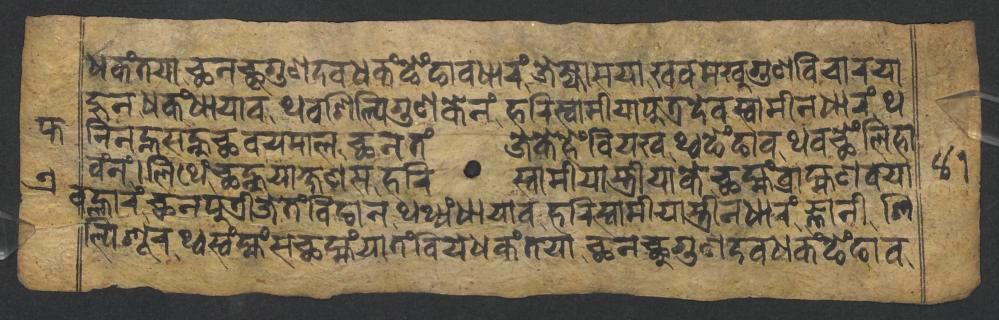
𑐢𑐎𑑄𑐟𑐫𑐵𑐕𑐣𑐕𑐸𑐐𑐸𑐞𑐡𑐰𑐢𑐎𑑄𑐒𑐾𑑄𑐒𑐵𑐰𑐢𑐵𑐬𑑄𑐖𑐾𑐖𑑂𑐫𑐵𑐳𑐫𑐵𑐏𑐰𑐩𑐏𑐸𑐐𑐸𑐞𑐰𑐶𑐔𑐵𑐬𑐫𑐵 𑐴𑐸𑐣𑐢𑐎𑑄𑐢𑐵𑐫𑐵𑐰𑐠𑐰𑐱𑐶𑐮𑑂𑐥𑐶𑐐𑐸𑐞𑐎𑐾𑐣𑑄𑐴𑐬𑐶𑐳𑑂𑐰𑐵𑐩𑐷𑐫𑐵𑐥𑐸𑐟𑑂𑐬𑐡𑐾𑐰𑐳𑑂𑐰𑐵𑐩𑐷𑐣𑐢𑐵𑐬𑑄𑐠 𑐣𑐶𑐣𑐣𑑂𑐴𑐳𑐣𑑂𑐴𑐸𑐕𑐰𑐫𑐩𑐵𑐮𑐕𑐣𑐟𑑄𑐖𑐾𑐎𑐾𑐴𑐾𑑄𑐧𑐶𑐫𑐏𑐠𑑂𑐰𑐒𑐾𑑄𑐒𑐵𑐰𑐠𑐰𑐕𑐾𑑄𑐮𑐶𑐴𑐵 𑐰𑑄𑐣𑑄𑐮𑐶𑐠𑐾𑑄𑐕𑐣𑑂𑐴𑐸𑐫𑐵𑐎𑑂𑐲𑐞𑐳𑐴𑐬𑐶𑐳𑑂𑐰𑐵𑐩𑐷𑐫𑐵𑐳𑑂𑐟𑑂𑐬𑐷𑐫𑐵𑐎𑐾𑐕𑐩𑑂𑐴𑑄𑐧𑑂𑐬𑐵𑐴𑑂𑐩𑐞𑐰𑐫𑐵 𑐰𑐮𑑂𑐴𑐵𑐬𑑄𑐕𑐣𑐥𑐸𑐟𑑂𑐬𑐷𑐖𑐾𑐟𑑄𑐧𑐶𑐒𑐵𑐣𑐠𑐠𑑂𑐫𑑄𑐢𑐵𑐫𑐵𑐰𑐴𑐬𑐶𑐳𑑂𑐰𑐵𑐩𑐷𑐫𑐵𑐳𑑂𑐟𑑂𑐬𑐷𑐣𑐢𑐵𑐬𑑄𑐖𑑂𑐘𑐵𑐣𑐷𑐱𑐶 𑐮𑑂𑐥𑐶𑐱𑐹𑐬𑐠𑑂𑐰𑐳𑑂𑐰𑑄𑐩𑑂𑐴𑑄𑐳𑐕𑐩𑑂𑐴𑑄𑐫𑐵𑐟𑑄𑐧𑐶𑐫𑐾𑐢𑐎𑑄𑐟𑐫𑐵𑐕𑐣𑐕𑐸𑐐𑐸𑐞𑐡𑐰𑐢𑐎𑑄𑐒𑐾𑑄𑐒𑐵𑐰